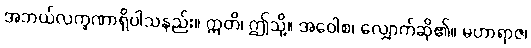
အဘယ်လက္ခဏာရှိပါသနည်း။ ဣတိ၊ ဤသို့။ အဝေါစ၊ လျှောက်ဆို၏။ မဟာရာဇ၊